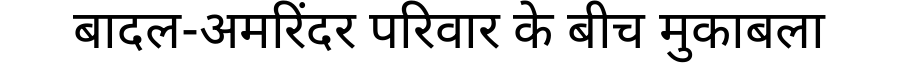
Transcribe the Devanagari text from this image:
बादल-अमरिंदर परिवार के बीच मुकाबला